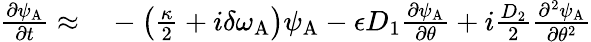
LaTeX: \begin{array}{rl}{\frac{\partial\psi_{\mathrm{A}}}{\partial t}\approx}&{{}-\left(\frac{\kappa}{2}+i\delta\omega_{\mathrm{A}}\right)\psi_{\mathrm{A}}-\epsilon D_{1}\frac{\partial\psi_{\mathrm{A}}}{\partial\theta}+i\frac{D_{2}}{2}\frac{\partial^{2}\psi_{\mathrm{A}}}{\partial\theta^{2}}}\end{array}